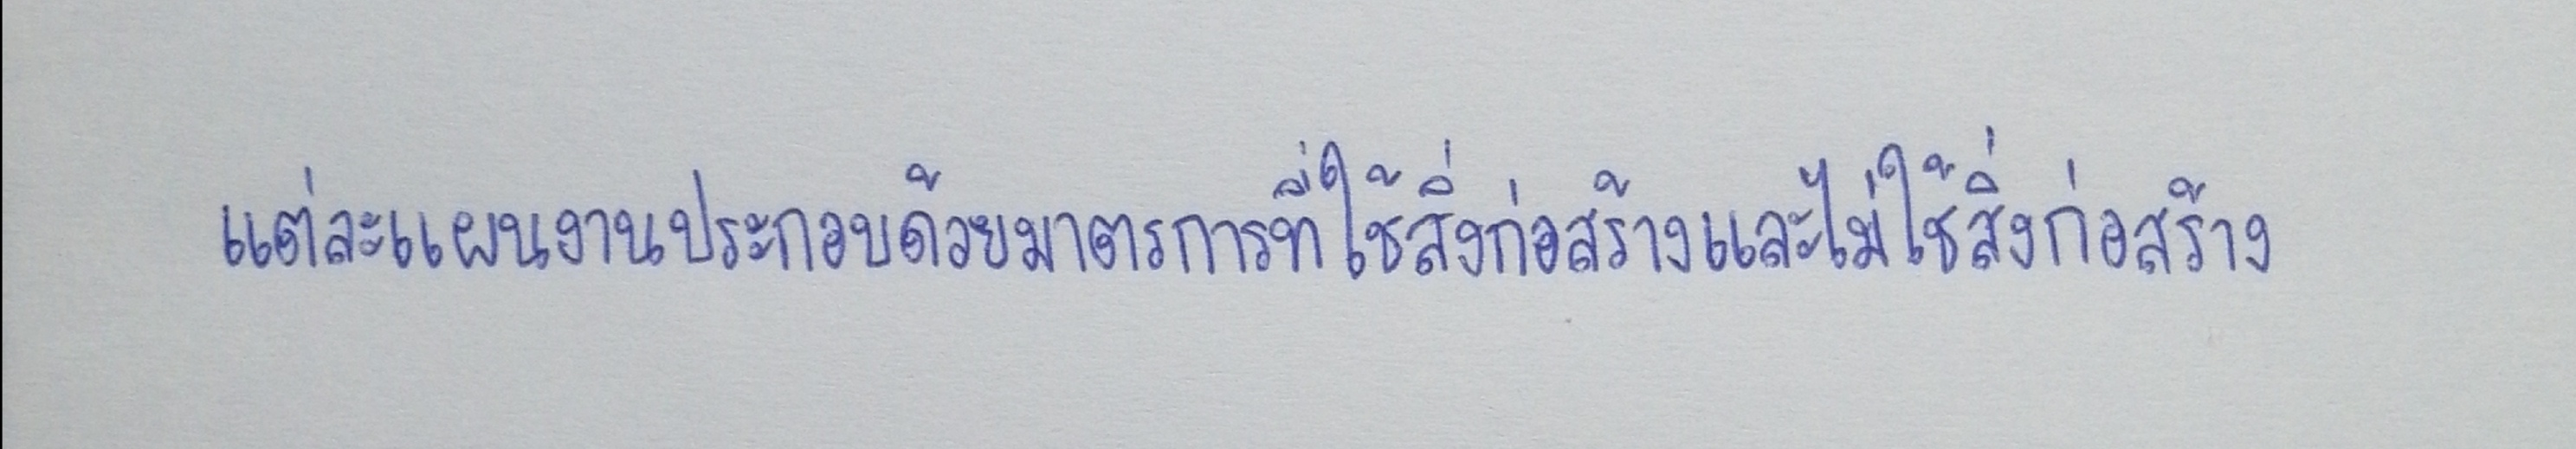
แต่ละแผนงานประกอบด้วยมาตรการที่ใช้สิ่งก่อสร้างและไม่ใช้สิ่งก่อสร้าง